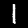
Digit: 1